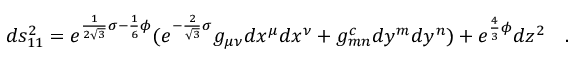
d s _ { 1 1 } ^ { 2 } = e ^ { \frac { 1 } { 2 \sqrt { 3 } } \sigma - \frac { 1 } { 6 } \phi } ( e ^ { - \frac { 2 } { \sqrt { 3 } } \sigma } g _ { \mu \nu } d x ^ { \mu } d x ^ { \nu } + g _ { m n } ^ { c } d y ^ { m } d y ^ { n } ) + e ^ { \frac { 4 } { 3 } \phi } d z ^ { 2 } \quad .